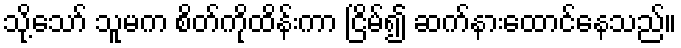
သို့သော် သူမက စိတ်ကိုထိန်းကာ ငြိမ်၍ ဆက်နားထောင်နေသည်။